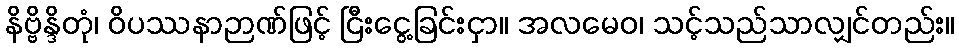
နိဗ္ဗိန္ဒိတုံ၊ ဝိပဿနာဉာဏ်ဖြင့် ငြီးငွေ့ခြင်းငှာ။ အလမေဝ၊ သင့်သည်သာလျှင်တည်း။